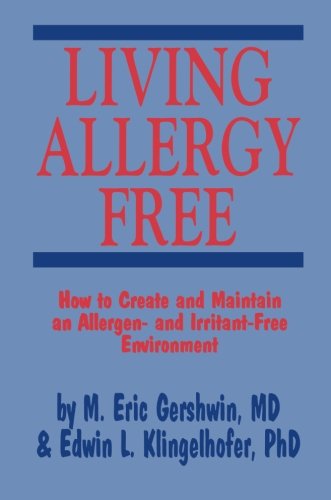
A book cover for Living Allergy Free: How to Create and Maintain an Allergen- and Irritant-Free Environment; Health, Fitness & Dieting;